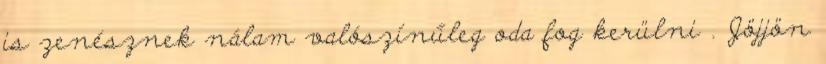
is zenésznek nálam valószínűleg oda fog kerülni . Jöjjön